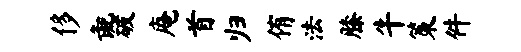
侈彘破庵首归侑法膝牛策件